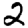
Digit: 2